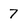
Character: 7